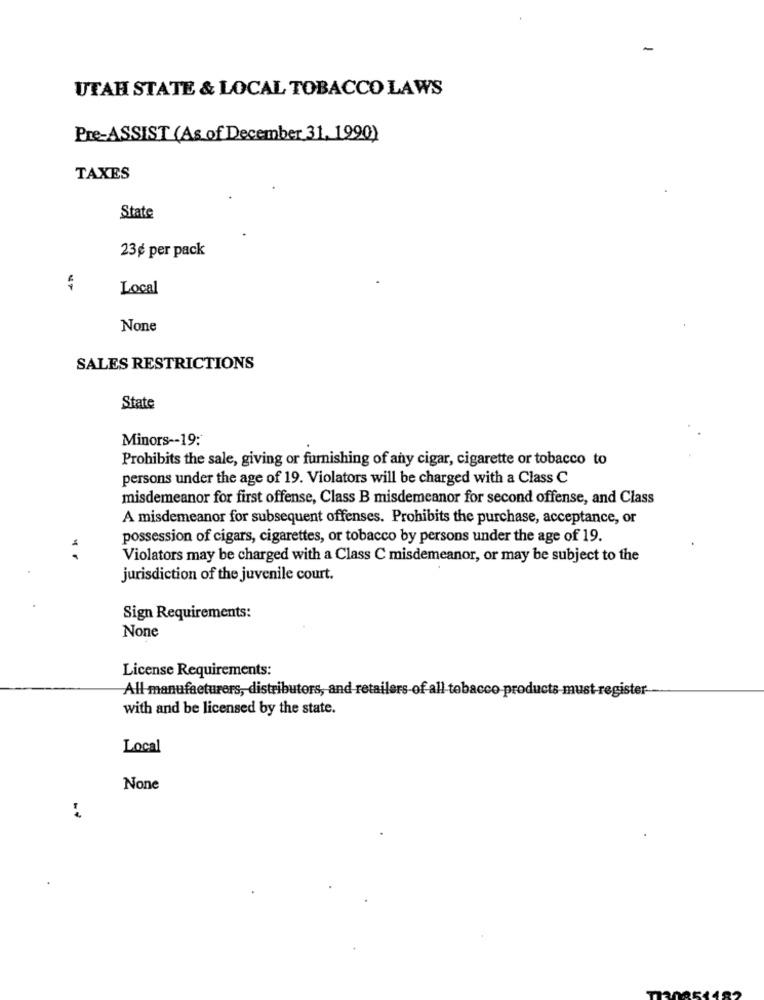
-
UTAH STATE & LOCAL TOBACCO LAWS
Pre-ASSIST (As of December 31, 1990)
TAXES
State
23 g per pack
Local
SALES RESTRICTIONS
State
Minors -- 19:
Prohibits the sale, giving or furnishing of any cigar, cigarette or tobacco to
persons under the age of 19. Violators will be charged with a Class C
misdemeanor for first offense, Class B misdemeanor for second offense, and Class
A misdemeanor for subsequent offenses. Prohibits the purchase, acceptance, or
possession of cigars, cigarettes, or tobacco by persons under the age of 19.
Violators may be charged with a Class C misdemeanor, or may be subject to the
jurisdiction of the juvenile court.
Sign Requirements:
License Requirements:
All manufacturers, distributors, and retailers-of all tobacco products must-register
with and be licensed by the state.
Local